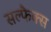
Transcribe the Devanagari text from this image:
सल्फैक्स